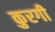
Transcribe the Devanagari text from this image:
कुरगी